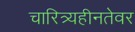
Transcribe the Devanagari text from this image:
चारित्र्यहीनतेवर